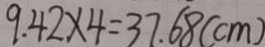
9 . 4 2 \times 4 = 3 7 . 6 8 ( c m )